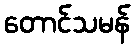
တောင်သမန်